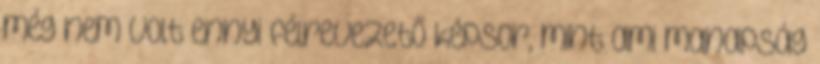
még nem volt ennyi félrevezető képsor, mint ami manapság